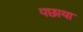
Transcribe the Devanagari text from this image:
पछाया